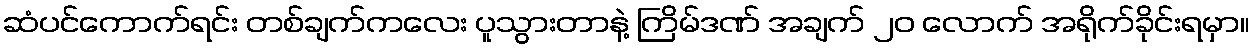
ဆံပင်ကောက်ရင်း တစ်ချက်ကလေး ပူသွားတာနဲ့ ကြိမ်ဒဏ် အချက် ၂၀ လောက် အရိုက်ခိုင်းရမှာ။